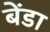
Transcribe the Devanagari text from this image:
बेंडा